Report on vaccination in the Province of Bengal - 1869-1873
Year: 1869
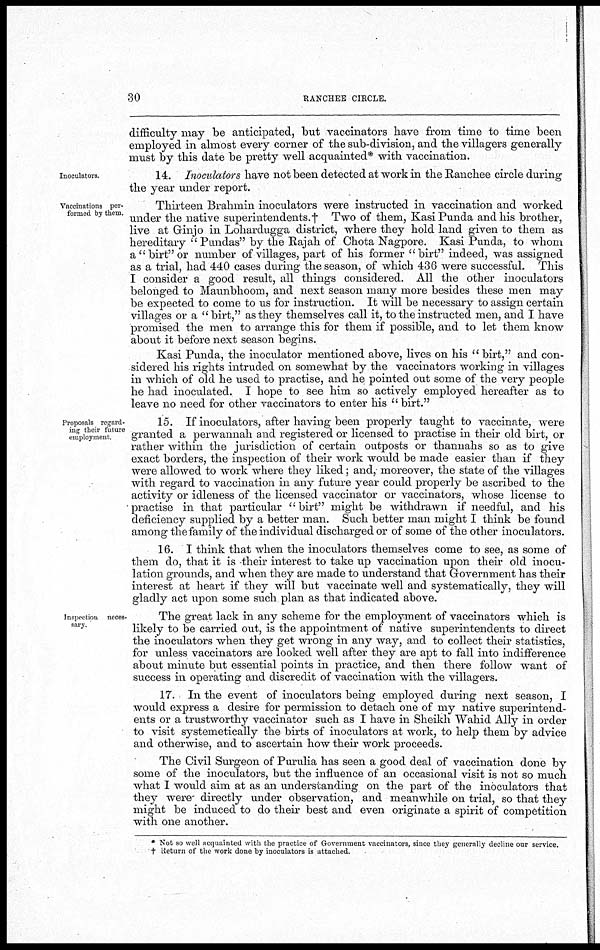
30
RANCHEE CIRCLE.
difficulty may be anticipated, but vaccinators have from time to time been
employed in almost every corner of the sub-division, and the villagers generally
must by this date be pretty well acquainted* with vaccination.
Inoculators.
14. Inoculators have not been detected at work in the Ranchee circle during
the year under report.
Vaccinations per-
formed by them.
Thirteen Brahmin inoculators were instructed in vaccination and worked
under the native superintendents.† Two of them, Kasi Punda and his brother,
live at Ginjo in Lohardugga district, where they hold land given to them as
hereditary " Pundas" by the Rajah of Chota Nagpore. Kasi Punda, to whom
a "birt" or number of villages, part of his former "birt" indeed, was assigned
as a trial, had 440 cases during the season, of which 436 were successful. This
I consider a good result, all things considered. All the other inoculators
belonged to Maunbhoom, and next season many more besides these men may
be expected to come to us for instruction. It will be necessary to assign certain
villages or a "birt," as they themselves call it, to the instructed men, and I have
promised the men to arrange this for them if possible, and to let them know
about it before next season begins.
Kasi Punda, the inoculator mentioned above, lives on his " birt," and con-
sidered his rights intruded on somewhat by the vaccinators working in villages
in which of old he used to practise, and he pointed out some of the very people
he had inoculated. I hope to see him so actively employed hereafter as to
leave no need for other vaccinators to enter his "birt."
Proposals regard-
ing their future
employment.
15. If inoculators, after having been properly taught to vaccinate, were
granted a perwannah and registered or licensed to practise in their old birt, or
rather within the jurisdiction of certain outposts or thannahs so as to give
exact borders, the inspection of their work would be made easier than if they
were allowed to work where they liked; and, moreover, the state of the villages
with regard to vaccination in any future year could properly be ascribed to the
activity or idleness of the licensed vaccinator or vaccinators, whose license to
practise in that particular "birt" might be withdrawn if needful, and his
deficiency supplied by a better man. Such better man might I think be found
among the family of the individual discharged or of some of the other inoculators.
16. I think that when the inoculators themselves come to see, as some of
them do, that it is -their interest to take up vaccination upon their old inocu-
lation grounds, and when they are made to understand that Government has their
interest at heart if they will but vaccinate well and systematically, they will
gladly act upon some such plan as that indicated above.
Inspection neces-
sary
The great lack in any scheme for the employment of vaccinators which is
likely to be carried out, is the appointment of native superintendents to direct
the inoculators when they get wrong in any way, and to collect their statistics,
for unless vaccinators are looked well after they are apt to fall into indifference
about minute but essential points in practice, and then there follow want of
success in operating and discredit of vaccination with the villagers.
17. In the event of inoculators being employed during next season, I
would express a desire for permission to detach one of my native superintend-
ents or a trustworthy vaccinator such as I have in Sheikh "Wahid Ally in order
to visit systematically the birts of inoculators at work, to help them by advice
and otherwise, and to ascertain how their work proceeds.
The Civil Surgeon of Purulia has seen a good deal of vaccination done by
some of the inoculators, but the influence of an occasional visit is not so much
what I would aim at as an understanding on the part of the inoculators that
they were directly under observation, and meanwhile on trial, so that they
might be induced to do their best and even originate a spirit of competition
with one another.
* Not so well acquainted with the practice of Government vaccinators, since they generally decline our service.
† Return of the work done by inoculators is attached.